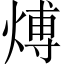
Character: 煿